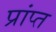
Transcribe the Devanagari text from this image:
प्रांप्त